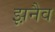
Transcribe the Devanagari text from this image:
झ़नैव